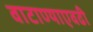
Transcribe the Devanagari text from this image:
वाटाण्याएवढी